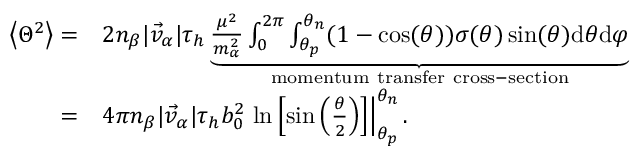
\begin{array} { r l } { \left\langle { { \Theta } ^ { 2 } } \right\rangle = } & { 2 n _ { \beta } | \vec { v } _ { \alpha } | \tau _ { h } \underbrace { \frac { \mu ^ { 2 } } { m _ { \alpha } ^ { 2 } } \int _ { 0 } ^ { 2 \pi } \int _ { \theta _ { p } } ^ { \theta _ { n } } ( 1 - \cos ( \theta ) ) \sigma ( \theta ) \sin ( \theta ) \mathrm { d } \theta \mathrm { d } \varphi } _ { \mathrm { m o m e n t u m ~ t r a n s f e r ~ c r o s s - s e c t i o n } } } \\ { = } & { 4 \pi n _ { \beta } | \vec { v } _ { \alpha } | \tau _ { h } b _ { 0 } ^ { 2 } \left. \ln \left[ \sin \left( \frac { \theta } { 2 } \right) \right] \right| _ { \theta _ { p } } ^ { \theta _ { n } } . } \end{array}